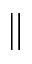
\parallel